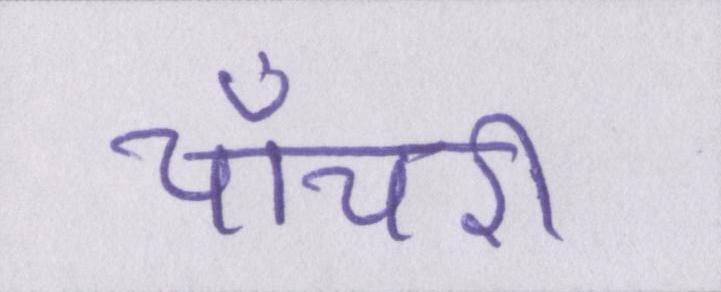
चाँचरी